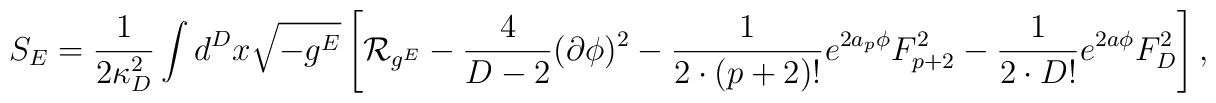
S_E={1\over{2\kappa^2_D}}\int d^Dx\sqrt{-g^E}\left[{\cal R}_{g^E}-{4\over{D-2}}(\partial\phi)^2-{1\over{2\cdot (p+2)!}}e^{2a_p\phi}F^2_{p+2}-{1\over{2\cdot D!}}e^{2a\phi}F^2_D\right],